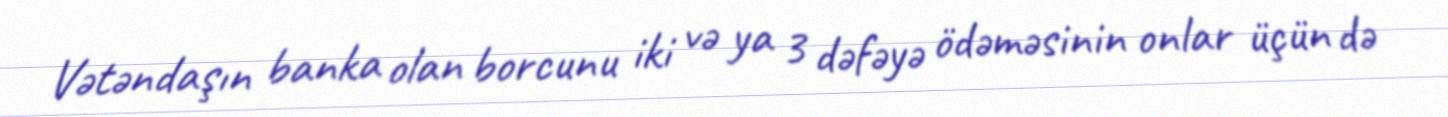
Vətəndaşın banka olan borcunu iki və ya 3 dəfəyə ödəməsinin onlar üçün də